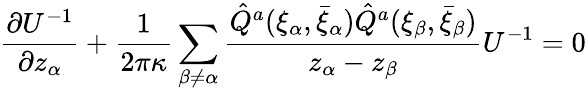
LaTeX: \frac{\partial U^{-1}}{\partial z_{\alpha}}+\frac{1}{2\pi\kappa}\sum_{\beta\neq\alpha}\frac{\hat{Q}^{a}(\xi_{\alpha},\bar{\xi}_{\alpha})\hat{Q}^{a}(\xi_{\beta},\bar{\xi}_{\beta})}{z_{\alpha}-z_{\beta}}U^{-1}=0